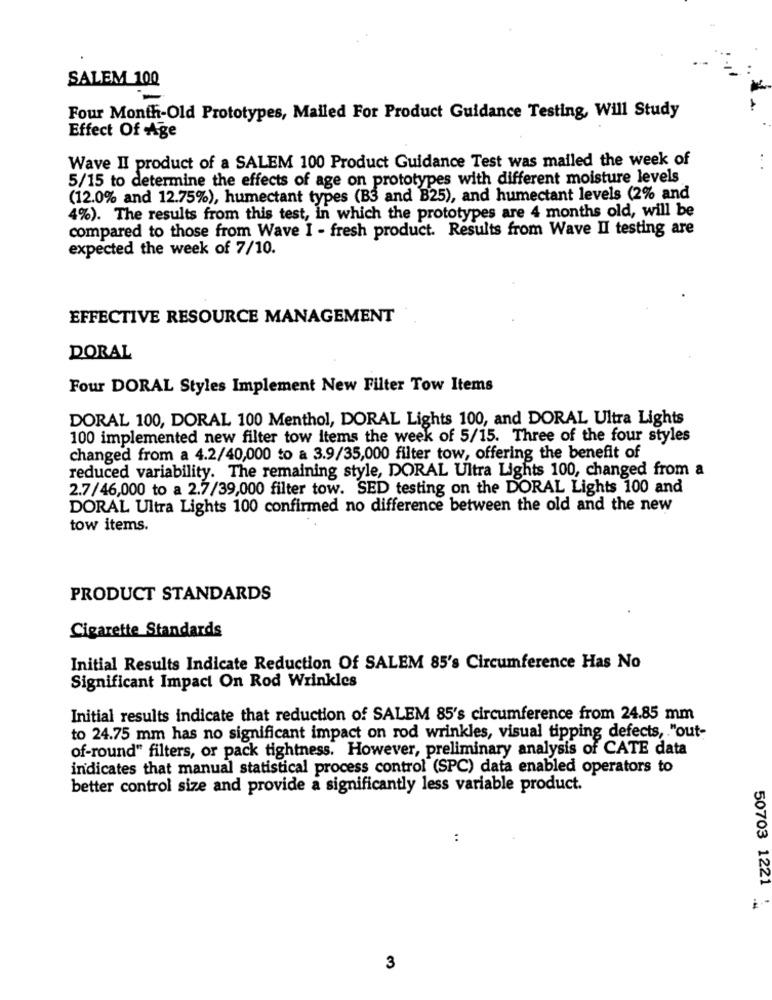
SALEM 100
Four Month-Old Prototypes, Mailed For Product Guidance Testing, Will Study
Effect Of Age
Wave II product of a SALEM 100 Product Guidance Test was mailed the week of
5/15 to determine the effects of age on prototypes with different moisture levels
(12.0% and 12.75%), humectant types (B3 and B25), and humectant levels (2% and
4%). The results from this test, in which the prototypes are 4 months old, will be
compared to those from Wave I - fresh product. Results from Wave II testing are
expected the week of 7/10.
EFFECTIVE RESOURCE MANAGEMENT
DORAL
Four DORAL Styles Implement New Filter Tow Items
DORAL 100, DORAL 100 Menthol, DORAL Lights 100, and DORAL Ultra Lights
100 implemented new filter tow items the week of 5/15. Three of the four styles
changed from a 4.2/40,000 to a 3.9/35,000 filter tow, offering the benefit of
reduced variability. The remaining style, DORAL Ultra Lights 100, changed from a
2.7/46,000 to a 2.7/39,000 filter tow. SED testing on the DORAL Lights 100 and
DORAL Ultra Lights 100 confirmed no difference between the old and the new
tow items.
PRODUCT STANDARDS
Cigarette Standards
Initial Results Indicate Reduction Of SALEM 85's Circumference Has No
Significant Impact On Rod Wrinkles
Initial results indicate that reduction of SALEM 85's circumference from 24.85 mm
to 24.75 mm has no significant impact on rod wrinkles, visual tipping defects, "out-
of-round" filters, or pack tightness. However, preliminary analysis of CATE data
indicates that manual statistical process control (SPC) data enabled operators to
better control size and provide a significantly less variable product.
:
50703 1221 1
3